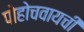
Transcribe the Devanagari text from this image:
पोहोचवायची